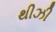
થીઝી